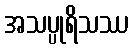
အသပ္ပုရိသဿ